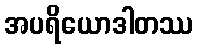
အပရိယောဒါတဿ